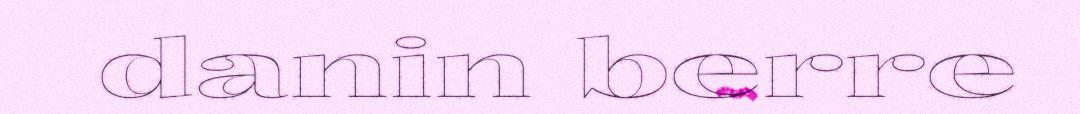
danin berre